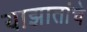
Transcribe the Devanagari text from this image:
याझातांचे